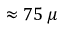
\approx 7 5 \, \mu